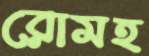
রোমহ